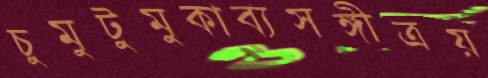
চুমুটুমুকাব্যসঙ্গীত্রয়